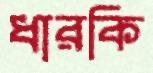
ধারকি